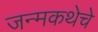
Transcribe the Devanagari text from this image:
जन्मकथेचे